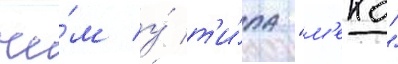
че́м у́ т'и́па "м'еко"